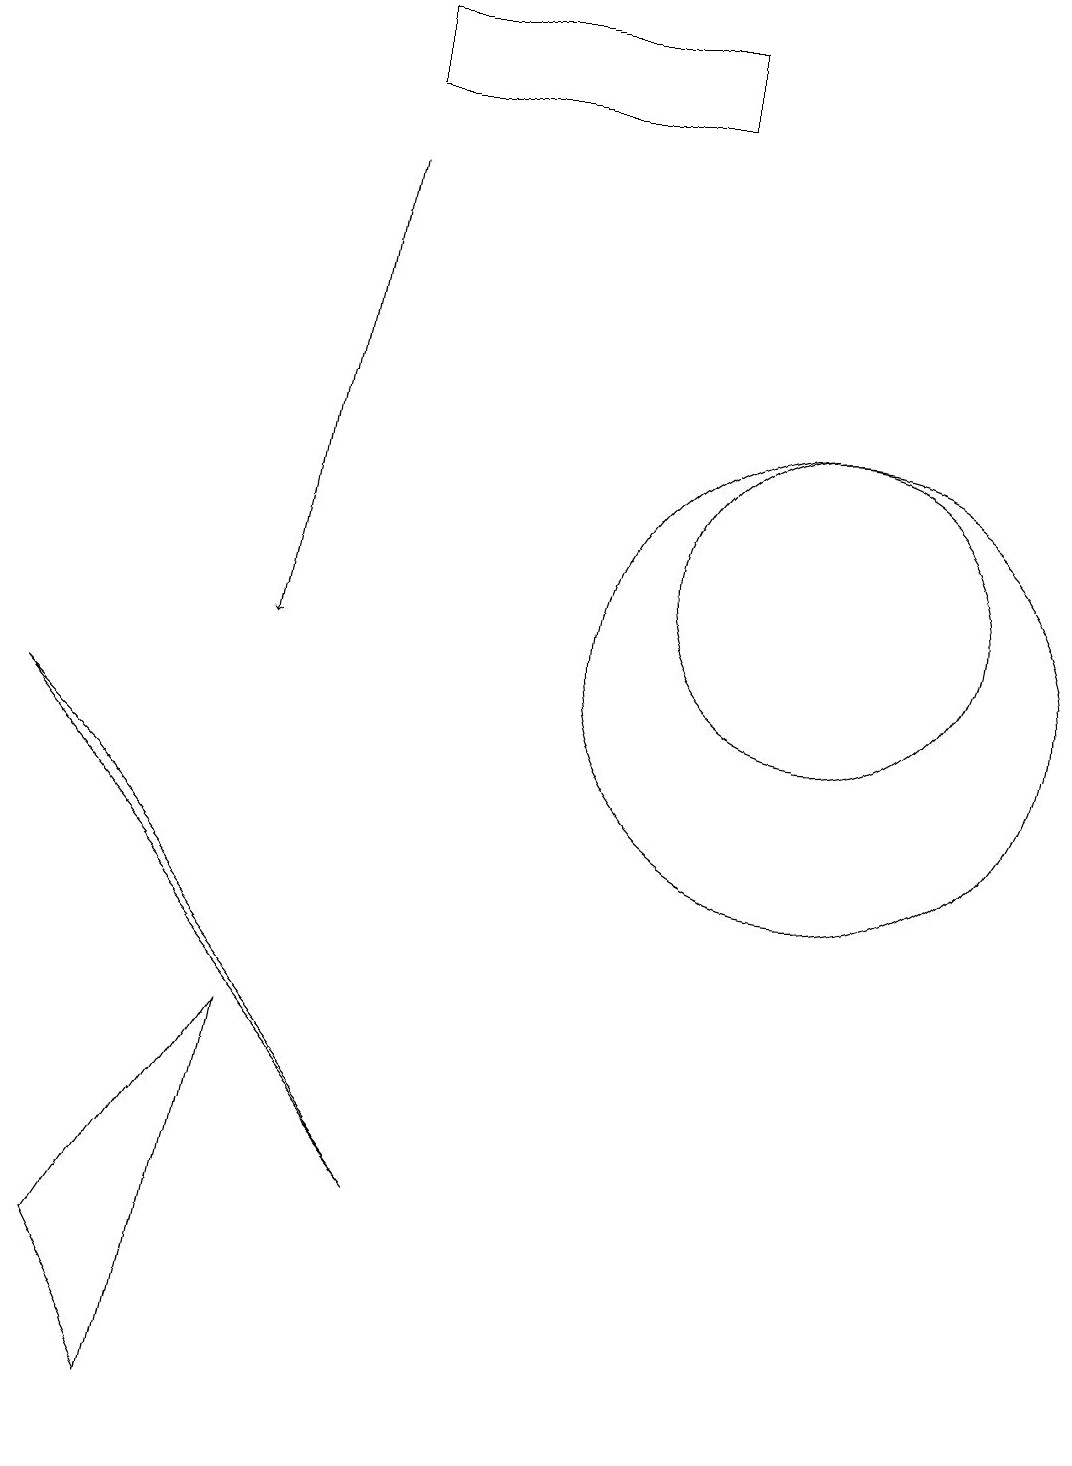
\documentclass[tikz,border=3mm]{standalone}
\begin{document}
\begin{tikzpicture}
\draw[->] (5,16) -- (4,10);
\draw (3,0) -- (2,2) -- (4,5) -- cycle;
\draw (10,11) circle (0);
\draw (11,11) circle (2);
\draw (9,17) rectangle (5,18);
\draw (2,8) -- (1,9) -- (6,3) -- cycle;
\draw (11,10) circle (3);
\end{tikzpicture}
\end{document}